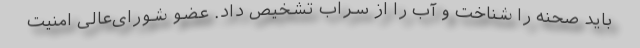
باید صحنه را شناخت و آب را از سراب تشخیص داد. عضو شورای‌عالی امنیت